Scottish Leaving Certificate Examination, 1957
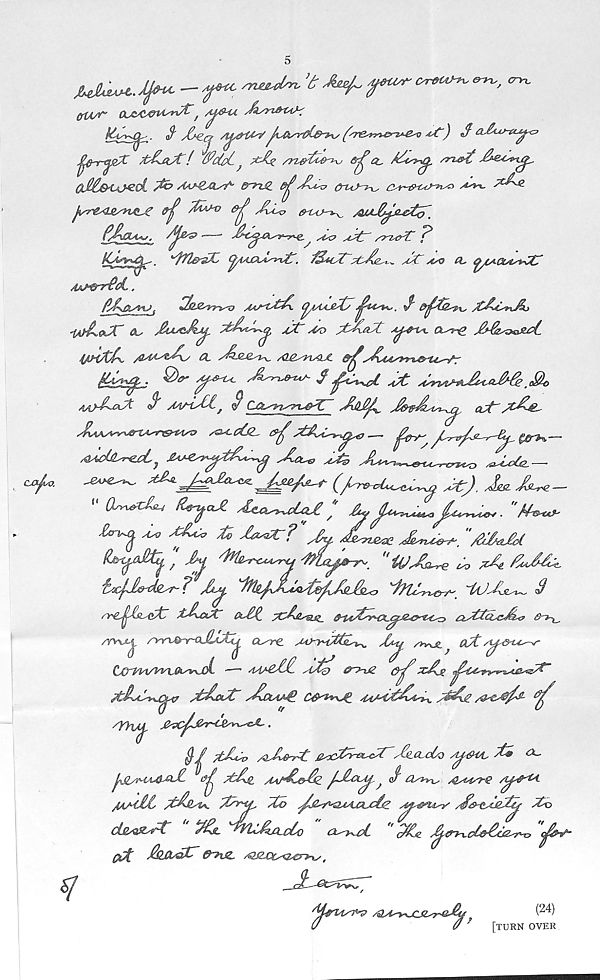
cry-c
CM^O.
fflA/Y* GU&'C&VisrC^', AJ/&-U, Jk/yi&u^
S' Jj-eq /i^r£&y^t) S aJhv-u^c?
/tSLaX! Wdpc J x-/f /ri^StS^xj frjjp CC
sn&-£
qM&iozcI /&> AaMLxls?'' &~njz &H
crur^xs c^9<^>v^ ***- ^J ? -
(fj
JLiv
AUJ&^jte-t^'
fJySU«s. /^S&3>
^£7
s^ry^T S
' / f7l&?X' (piAJXyi^L^. ’S&tcZ~jJC ASQ a* ^CAOA^CC
AAp&rvcL.
SSn&'ims'Q
^yti^yty
, S
jtSLcstxJb
iAfJL®jr &, £t^cA^,
jjf &> #PiaX
a^e £*Sk^>z&&L
44H/CA.
CL ^.-SUZn^ /Qjg^i^JL d'j^s^AAs*rz&%i>-/7
/^-W-. ^
A^e^s- / ^c^j.
A^j^JLAPPe .$<>
mjAcC%. S' AaAJ-JLj S CM^n^t^Z~ AnS^ J^JLvt^, act' /AA
AaAsVwS^A**~&14^ ss^-cljz^ £9^Ct&si^i^g
§&^-~
^Ack^l^ jUMCTycAs^ Acl*, A^h
—
s<
^7°^ £za^cU£S £yjU^o<- "aw
£o^ aaj jAco A>
jLuxe
"MtiPol
' Jy / toe^<A4sry
"ti/Aa^re ^ ^4 /ZM^
hcpAk^f
in^jAA^AA<y ifiAo^'
S
n*£^£fis&t7 $Ax<CV OlJIP
ctCttcLcA^ c-y-^
/TVU^. /nrri^r<kJLc^A^ Oat^ MCyAtL^ JSt£ />v%£_
CL/t si^S-tA^r
QxnMA'VX.&wxJcL —■ AAAgAL aA) @~>-uZ
^AasAt sA/%4£^£
/SAg
^
cyyuj, je^c^^&£A>n^tCL.
/tJLiCp /oA&'At
A.Oa6o A^&d, yP® °L-'
IxQ/MA&qJL
sAjg /UjAAz /Aoa^j </ Oai^xs AA4st€ /t^Ct
/amM sAhaa.
Xo
A&tXXtSp Zo
ck^xZt " Ajl ^nALctdo
o^,aI
“ Az
'(jjZtHA
&JRZC &DXSZ. AQ9ZCC^€r>%y f
¥
/^V lA7^9 /QA^JZSZArA^ ?
(24)
[turn over